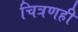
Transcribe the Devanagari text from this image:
चित्रणही